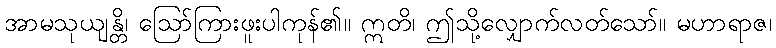
အာမသုယျန္တိ၊ ဩော်ကြားဖူးပါကုန်၏။ ဣတိ၊ ဤသို့လျှောက်လတ်သော်။ မဟာရာဇ၊